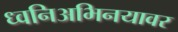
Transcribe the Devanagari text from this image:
ध्वनिअभिनयावर